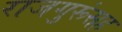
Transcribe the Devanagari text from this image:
राजगुरूंसह